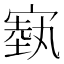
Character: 𪧢